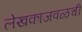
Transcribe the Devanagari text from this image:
लेखकाजवळची